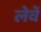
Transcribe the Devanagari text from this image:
लेवें